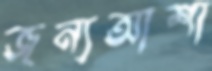
জন্যআশা